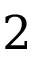
2